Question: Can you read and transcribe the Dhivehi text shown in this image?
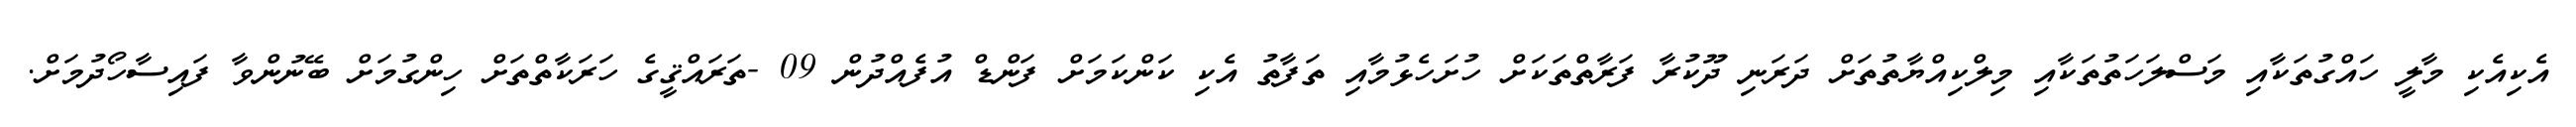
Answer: އެކިއެކި މާލީ ހައްގުތަކާއި މަސްލަހަތުތަކާއި މިލްކިއްޔާތުތަށް ދަރަނި ދޫކުރާ ފަރާތްތަކަށް ހުށަހެޅުމާއި ތަފާތު އެކި ކަންކަމަށް ފަންޑް އުފެއްދުން 09 -ތަރައްޤީގެ ހަރަކާތްތަށް ހިންގުމަށް ބޭނުންވާ ފައިސާހޯދުމަށް.